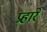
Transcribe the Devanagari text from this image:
प्रहारें